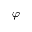
\varphi